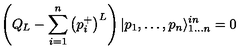
\left( Q _ { L } - \sum _ { i = 1 } ^ { n } \left( p _ { i } ^ { + } \right) ^ { L } \right) | p _ { 1 } , \dots , p _ { n } \rangle _ { 1 \dots n } ^ { i n } = 0